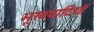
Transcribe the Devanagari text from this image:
भूखवादियों